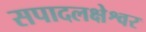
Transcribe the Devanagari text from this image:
सपादलक्षेश्वर